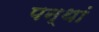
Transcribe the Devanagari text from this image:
पन्थां